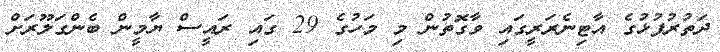
ދަތުރުފުޅުގެ އާޓިނެރަރީގައި ވާގޮތުން މި މަހުގެ 29 ގައި ރައީސް ޔާމީން ބެންގަލޫރަށް